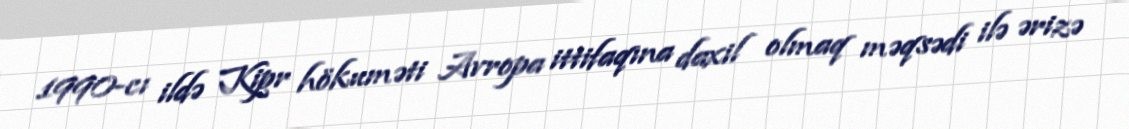
1990-cı ildə Kipr hökuməti Avropa ittifaqına daxil olmaq məqsədi ilə ərizə